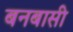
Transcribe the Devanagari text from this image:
बनबासी